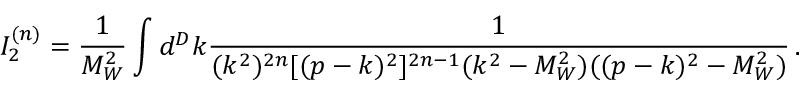
I _ { 2 } ^ { ( n ) } = \frac { 1 } { M _ { W } ^ { 2 } } \int d ^ { D } k \frac { 1 } { ( k ^ { 2 } ) ^ { 2 n } [ ( p - k ) ^ { 2 } ] ^ { 2 n - 1 } ( k ^ { 2 } - M _ { W } ^ { 2 } ) ( ( p - k ) ^ { 2 } - M _ { W } ^ { 2 } ) } \, .